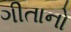
ગીતાનો